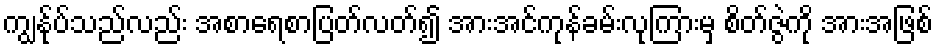
ကျွနု်ပ်သည်လည်း အစာရေစာပြတ်လတ်၍ အားအင်ကုန်ခမ်းလုကြားမှ စိတ်ဇွဲကို အားအဖြစ်